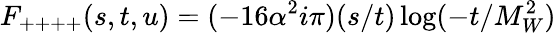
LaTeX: F_{++++}(s,t,u)=(-16\alpha^{2}i\pi)(s/t)\log(-t/M_{W}^{2})